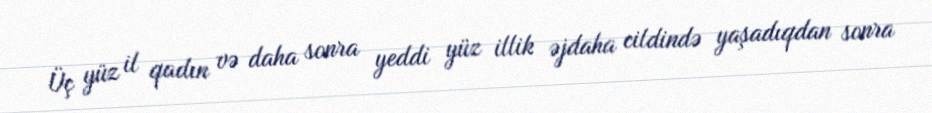
Üç yüz il qadın və daha sonra yeddi yüz illik əjdaha cildində yaşadıqdan sonra